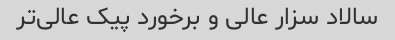
سالاد سزار عالی و برخورد پیک عالی‌تر